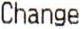
CHANGE